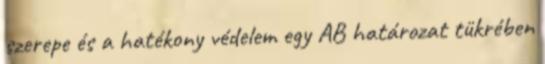
szerepe és a hatékony védelem egy AB határozat tükrében